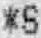
*S